Annual report on the working of the mental hospitals in the Madras Presidency - 1912-1932
Year: 1912
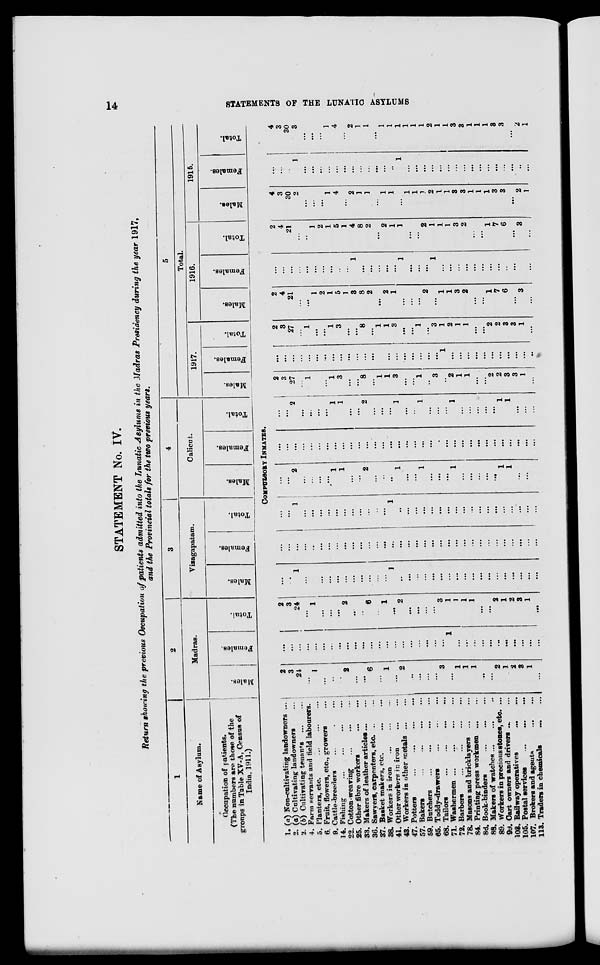
14
STATEMENTS OF THE LUNATIC ASYLUMS
STATEMENT No. IV.
Return showing the previous Occupation of patients admitted into the Lunatic Asylums in the Madras Presidency during the year 1917,
and the Provincial totals for the two previous years.
1
Name of Asylum.
Occupation of patients.
(The numbers are those of the
groups in Table XV-A, Census of
India, 1911.)
2
Madras.
Males.
Females.
Total.
3
Vizagapatam.
Males.
Females.
Total.
4
Calicut.
Males.
Females.
Total.
5
Total.
1917.
Males.
Females.
Total.
1916.
Males.
Females.
Total.
1915.
Males.
Females.
Total.
COMPULSORY INMATES.
1. (a) Non-cultivating landowners ...
2. (a) Cultivating landowners ...
2. (b) Cultivating tenants
...
...
4. Farm servants and field labourers.
5. Planters, etc.
...
...
...
6. Fruit, flowers, etc, growers ...
9. Cattle-breeders ... ... ...
14. Fishing
...
...
...
...
22. Cotton-weaving ... ... ...
25. Other fibre workers
...
...
33. Makers of leather articles ... ...
36. Sawyers, carpenters, etc ... ...
37. Basket makers, etc.
...
...
38. Workers in iron ... ... ...
41. Other workers in iron
...
...
43. Workers in other metals
...
...
47. Potters
...
...
... ...
57. Bakers
...
...
...
...
59. Butchers
...
...
...
...
65. Toddy-drawers ... ... ...
68. Tailors
...
...
...
...
71. Washermen
...
...
...
...
72. Barbers
...
...
...
...
78. Masons and bricklayers
...
...
84. Printing press workmen
...
...
86. Book-binders
...
...
...
88. Makers of watches ... ... ...
89. Workers in precious stones, etc. ...
99. Cart owners and drivers ... ...
103. Railway operatives
...
...
105. Postal services
...
...
...
107. Brokers and agents
...
...
113. Traders in chemicals
...
...
2
3
24
...
1
...
...
...
2
...
...
6
...
1
...
2
...
...
...
...
3
...
1
1
1
...
...
2
1
2
3
1
...
...
...
...
...
...
...
...
...
...
...
...
...
...
...
...
...
...
...
...
...
...
1
...
...
...
...
...
...
...
...
...
...
...
2
3
24
...
1
...
...
...
2
...
...
6
...
1
...
2
...
...
...
...
3
1
1
1
1
...
...
2
1
2
3
1
...
....
...
1
...
...
...
...
...
...
...
...
...
...
...
1
...
...
...
...
...
...
...
...
...
...
...
...
...
...
...
...
...
...
...
...
...
...
...
...
...
...
...
...
...
...
...
...
...
...
...
...
....
...
...
...
...
...
...
...
...
...
...
...
...
...
...
...
...
1
...
...
...
...
...
...
...
...
...
...
...
1
...
...
...
...
...
...
...
...
...
...
...
...
...
...
...
...
...
...
...
...
2
...
...
...
...
1
1
...
...
2
...
...
...
1
...
...
1
...
...
...
1
...
...
...
...
...
1
1
...
...
...
...
...
...
...
...
...
...
...
...
...
...
...
...
...
...
...
...
...
...
...
...
...
...
...
...
...
...
...
...
...
...
...
...
...
...
2
...
...
...
...
1
1
...
...
2
...
...
...
1
...
...
1
...
...
...
1
...
...
...
...
...
1
1
...
...
...
2
3
27
...
1
...
...
1
3
...
...
8
...
1
1
3
...
...
1
...
3
...
2
1
1
...
...
2
2
3
3
1
...
...
...
...
...
...
...
...
...
...
...
...
...
...
...
...
...
...
...
...
...
...
1
...
...
...
...
...
...
...
...
...
...
..
2
3
27
...
1
...
...
1
3
...
...
8
...
1
1
3
...
...
1
...
3
1
2
1
1
...
...
2
2
3
3
1
...
2
4
21
...
...
1
2
1
5
1
3
8
2
...
2
1
...
...
...
2
...
1
1
3
2
...
...
1
7
6
...
3
...
...
...
...
...
...
...
...
...
...
...
1
...
...
...
...
...
1
...
...
...
1
...
...
...
...
...
...
...
...
...
...
...
...
2
4
21
...
...
1
2
1
5
1
4
8
2
...
2
1
1
...
...
2
1
1
1
3
2
...
...
1
7
6
...
3
...
4
3
30
2
...
...
...
1
4
...
2
1
1
...
1
1
...
1
1
1
2
1
1
3
3
1
1
1
3
3
...
2
1
...
...
...
1
...
...
...
...
...
...
...
...
...
...
...
...
1
...
...
...
...
...
...
...
...
...
...
...
...
...
...
...
...
4
3
30
3
...
...
...
1
4
...
2
1
1
...
1
1
1
1
1
1
2
1
1
3
3
1
1
1
3
3
...
2
1